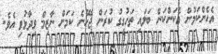
އެހެންކަމުން އެކަންކަން ބަލައި ތަހުގީގު ކުރަން ޖެހޭނެ ކަމަށް ނާޒިމް ވިދާޅުވި އެވެ.